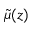
\tilde { \mu } ( z )